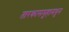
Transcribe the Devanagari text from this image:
तारकासमूहामधून